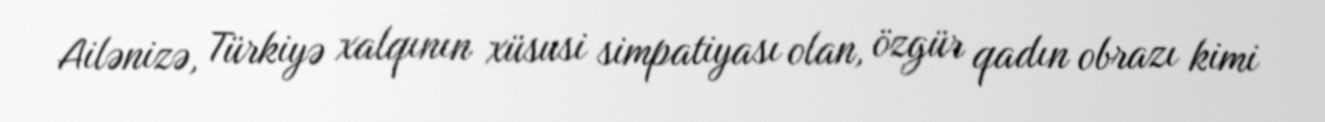
Ailənizə, Türkiyə xalqının xüsusi simpatiyası olan, özgür qadın obrazı kimi